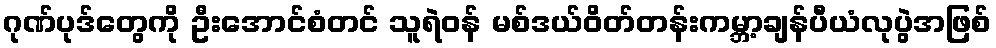
ဂုဏ်ပုဒ်တွေကို ဦးအောင်စံတင် သူရဲဝန် မစ်ဒယ်ဝိတ်တန်းကမ္ဘာ့ချန်ပီယံလုပွဲအဖြစ်